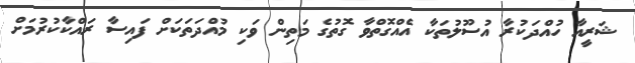
ޝަރީއާ ހުއްދަކުރާ އުސޫލުތަކާ އެއްގޮތްވާ ގޮތުގެ މަތިން ވަކި މުއްދަތަކަށް ފައިސާ ރައްކާކުރުމަށް